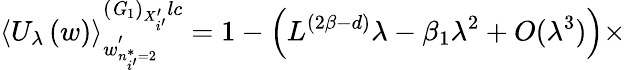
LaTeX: \left\langle U_{\lambda}\left(w\right)\right\rangle_{w_{n_{i^{\prime}}^{*}=2}^{\prime}}^{\left({\mathit G}_{1}\right)_{X_{i^{\prime}}^{\prime}}lc}=1-\left(L^{(2\beta-d)}\lambda-\beta_{1}\lambda^{2}+O(\lambda^{3})\right)\times